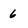
Character: 6